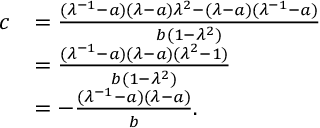
\begin{array} { r l } { c } & { = \frac { ( \lambda ^ { - 1 } - a ) ( \lambda - a ) \lambda ^ { 2 } - ( \lambda - a ) ( \lambda ^ { - 1 } - a ) } { b ( 1 - \lambda ^ { 2 } ) } } \\ & { = \frac { ( \lambda ^ { - 1 } - a ) ( \lambda - a ) ( \lambda ^ { 2 } - 1 ) } { b ( 1 - \lambda ^ { 2 } ) } } \\ & { = - \frac { ( \lambda ^ { - 1 } - a ) ( \lambda - a ) } { b } . } \end{array}